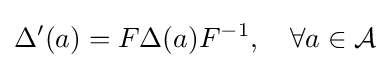
\Delta '(a)=F\Delta (a)F^{-1},\quad \forall a\in {\mathcal {A}}